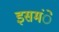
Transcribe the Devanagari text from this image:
इसमंे